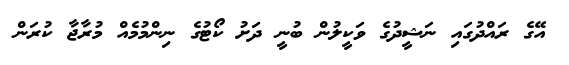
އޭގެ ރައްދުގައި ނަޝީދުގެ ވަކީލުން ބުނީ ދަށު ކޯޓުގެ ނިންމުމެއް މުރާޖާ ކުރަން